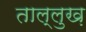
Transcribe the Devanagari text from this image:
ताल्लुख़